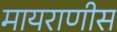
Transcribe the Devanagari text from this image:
मायराणीस